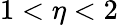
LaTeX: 1<\eta<2